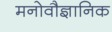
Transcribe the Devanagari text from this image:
मनोवौज्ञानिक